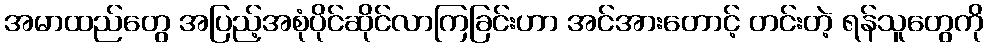
အမာထည်တွေ အပြည့်အစုံပိုင်ဆိုင်လာကြခြင်းဟာ အင်အားတောင့် တင်းတဲ့ ရန်သူတွေကို